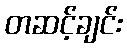
တဆင့်ချင်း